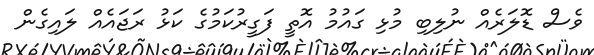
ވެސް ޑޮލަރެއް ނުލިބި މުޅި ގައުމު އޮތީ ފަގީރުކަމުގެ ކަޅު ރަޖައެއް ލައިގެން